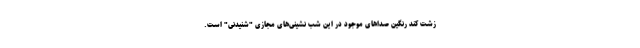
زشت کُند رنگین صداهای موجود در این شب نشینی‌های مجازی "شنیدنی" است.